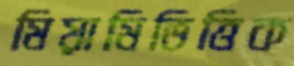
মিয়ামিভিত্তিক